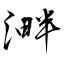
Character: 溿